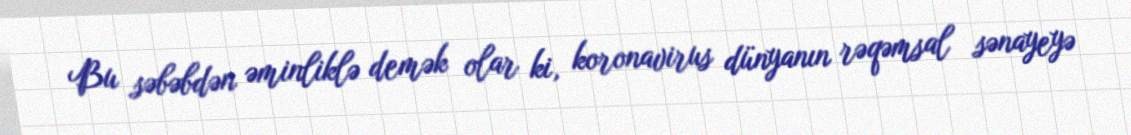
Bu səbəbdən əminliklə demək olar ki, koronavirus dünyanın rəqəmsal sənayeyə